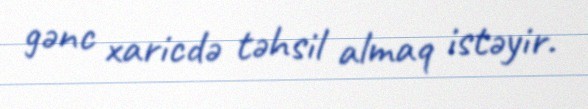
gənc xaricdə təhsil almaq istəyir.